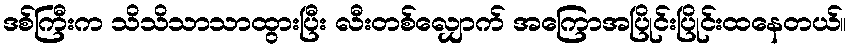
ဒစ်ကြီးက သိသိသာသာထွားပြီး လီးတစ်လျှောက် အကြောအပြိုင်းပြိုင်းထနေတယ်။